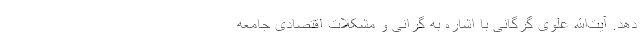
دهد. آیت‌الله علوی گرگانی با اشاره به گرانی و مشکلات اقتصادی جامعه